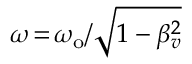
\omega \! = \! \omega _ { \mathrm { o } } / \sqrt { 1 - \beta _ { v } ^ { 2 } }